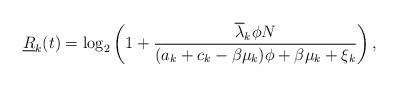
LaTeX: \begin{align*}\underline{R}_k(t) =\log_2 \left(1+\frac{\overline{\lambda}_k \phi N}{ (a_k+c_k-\beta \mu_k) \phi + \beta \mu_k +\xi_k}\right),\end{align*}